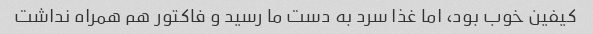
کیفین خوب بود، اما غذا سرد به دست ما رسید و فاکتور هم همراه نداشت